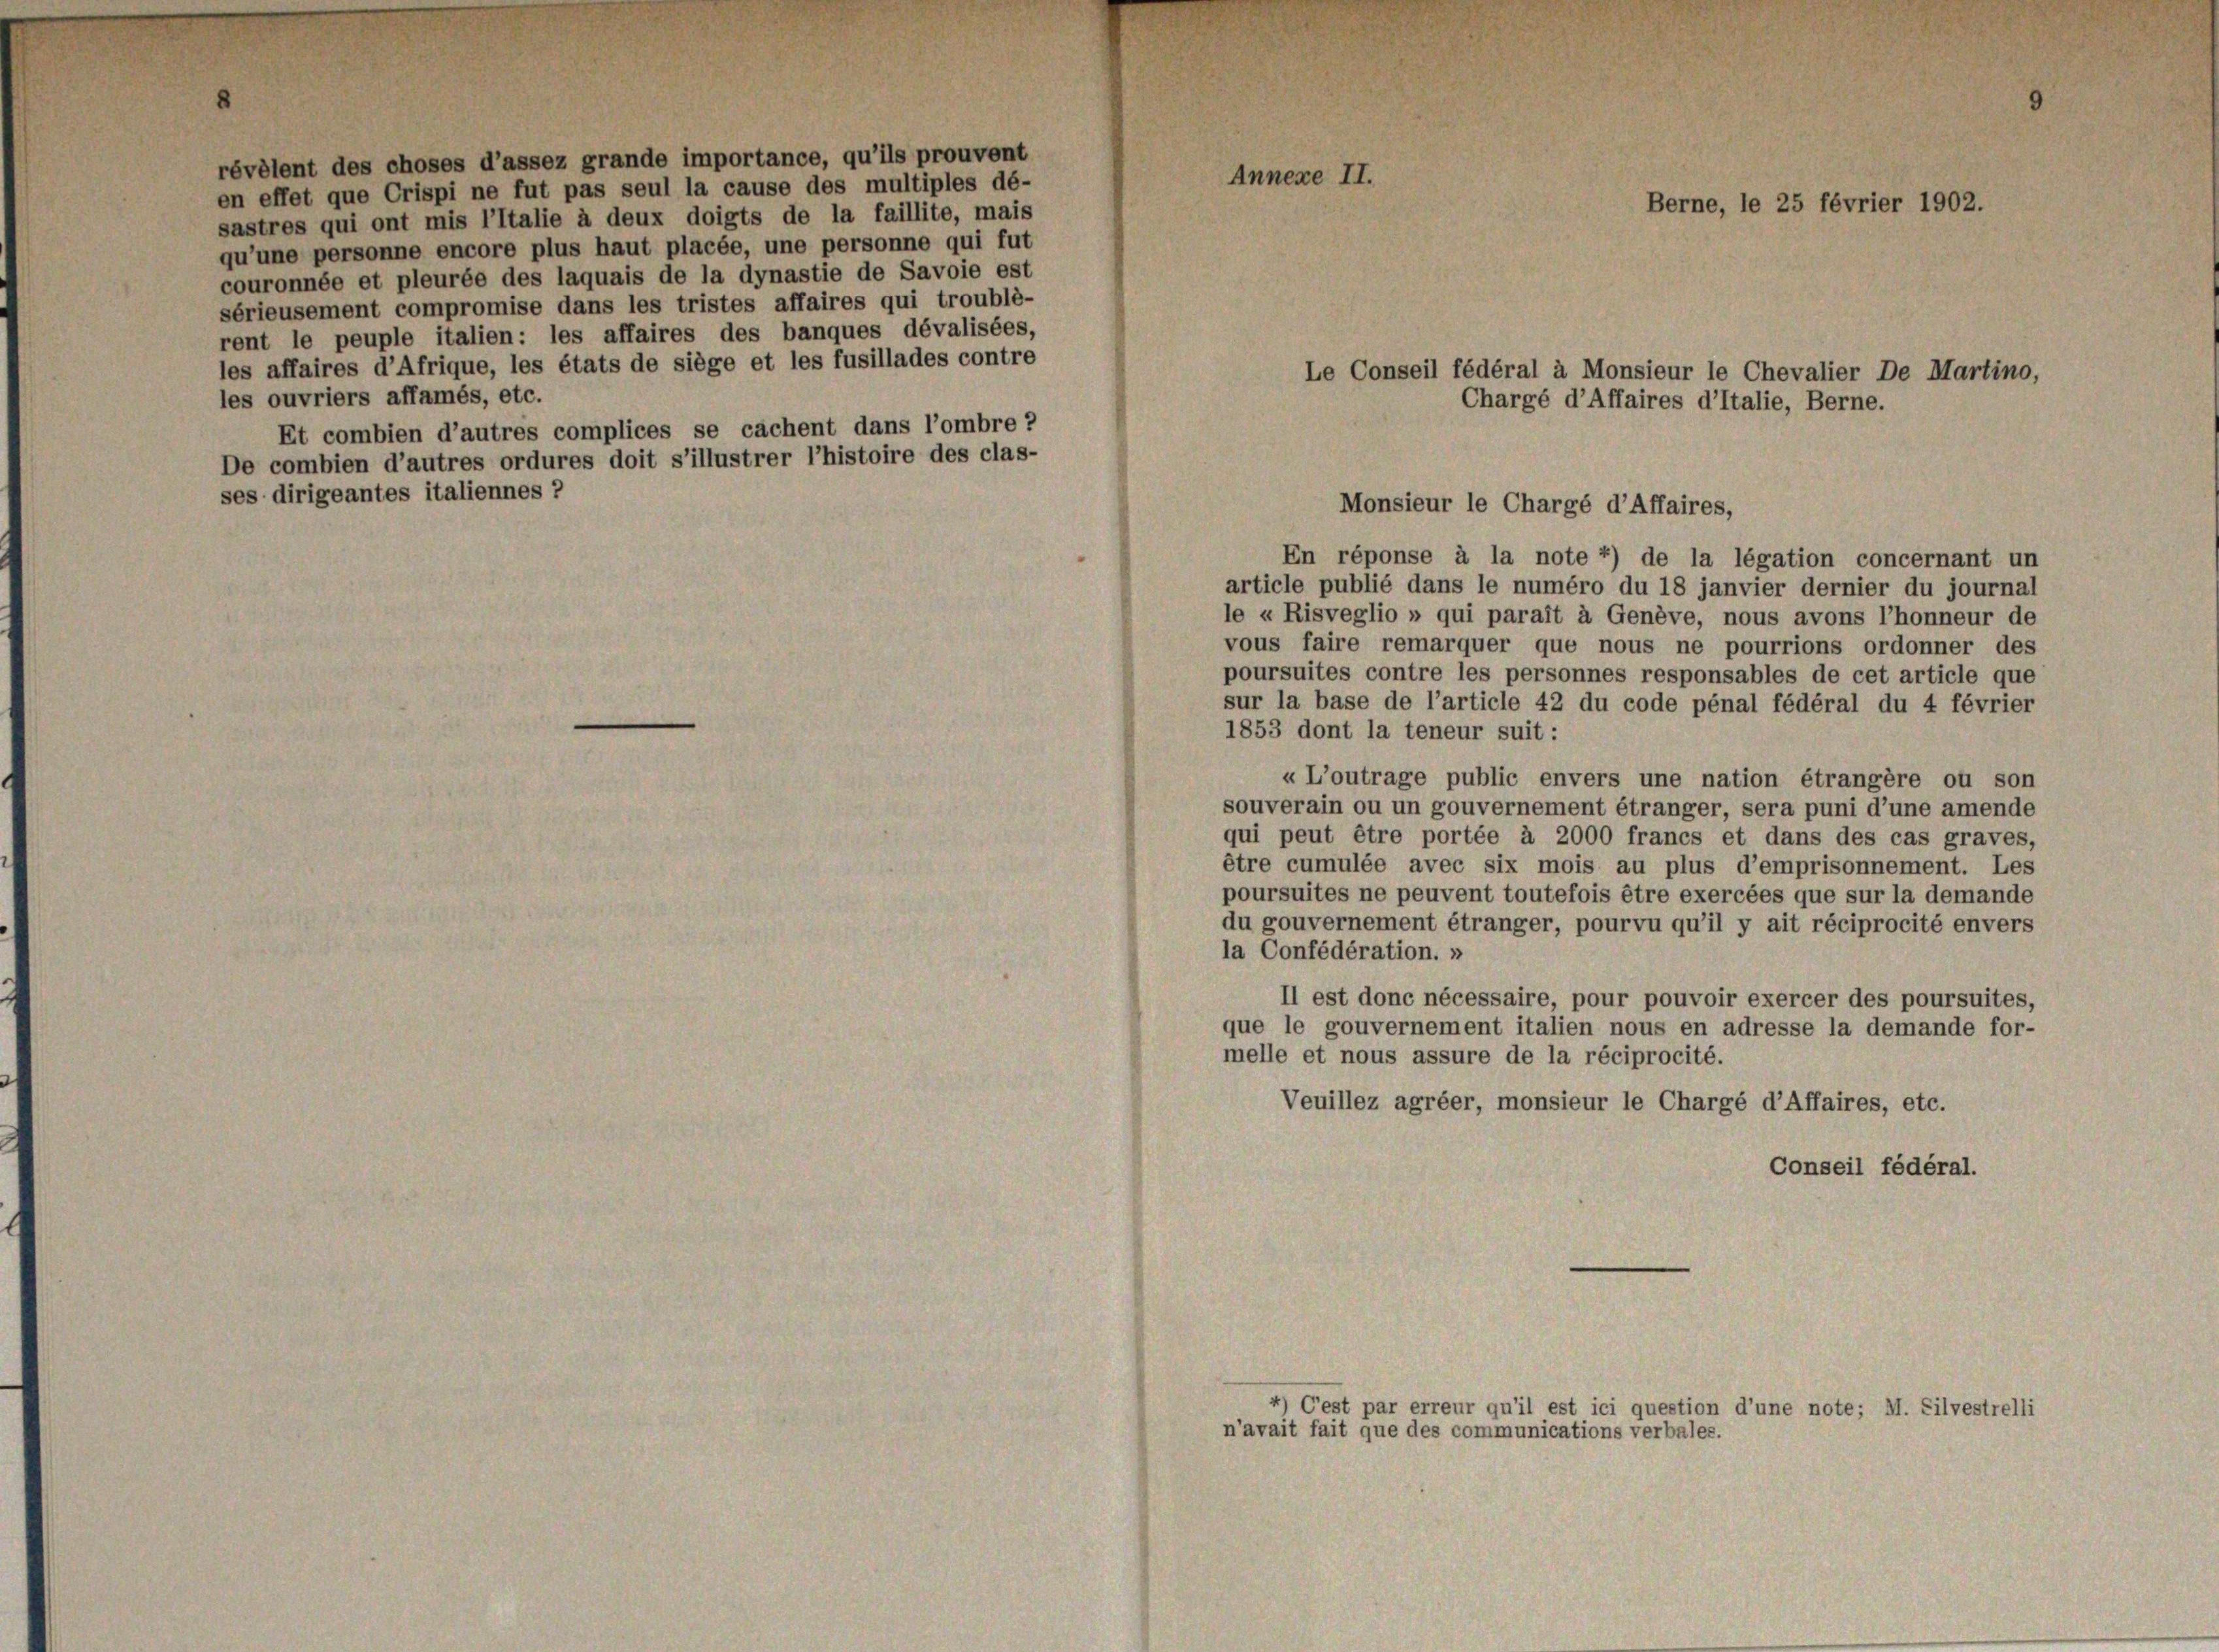
révélent des choses d’assez grande importance, qu’ils prouvent
en effet que Crispi ne fut pas seul la cause des multiples dé-
sastres qui ont mis l’Italie à deux doigts de la faillite, mais
qu’une personne encore plus haut placée, une personne qui fut
couronnée et pleurée des laquais de la dynastie de Savoie est
sérieusement compromise dans les tristes affaires qui troublé-
rent le peuple italien: les affaires des banques dévalisées,
les affaires d’Afrique, les états de siege et les fusillades contre
les ouvriers affamés, etc.
Et combien d’autres complices se cachent dans l’ombre 2
De combien d’autres ordures doit s’illustrer l’histoire des clas-
ses dirigeantes italiennes ?

Annexe II.

Le Conseil fédéral à Monsieur le Chevalier De Martino,
Chargé d’Affaires d’Italie, Berne.

Monsieur le Chargé d’Affaires,

4) C’est par erreur qu’il est ici question d’une note; M. Silvestrelli

Berne, le 25 février 1902.

En réponse à la note 2) de la légation concernant un
article publié dans le numéro du 18 janvier dernier du journal
le u Risveglio » qui parait à Genève, nous avons l’honneur de
vous faire remarquer que nous ne pourrions ordonner des
poursuites contre les personnes responsables de cet article que
sur la base de l’article 42 du code pénal fédéral du 4 février
1853 dont la teneur suit:
« L’outrage public envers une nation étrangère ou son
souverain ou un gouvernement étranger, sera puni d’une amende
qui peut être portée à 2000 francs et dans des cas graves,
être cumulée avec six mois au plus d’emprisonnement. Les
poursuites ne peuvent toutefois être exercées que sur la demande
du gouvernement étranger, pourvu qu’il y ait réciprocité envers
la Confédération. »
Il est donc nécessaire, pour pouvoir exercer des poursuites,
que le gouvernement italien nous en adresse la demande for-
melle et nous assure de la réciprocité.
Veuillez agréer, monsieur le Chargé d’Affaires, etc.
Conseil fédéral.

n’avait fait que des communications verbales.